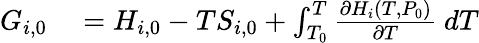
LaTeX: \begin{array}{rl}{G_{i,0}}&{{}=H_{i,0}-TS_{i,0}+\int_{T_{0}}^{T}\frac{\partial H_{i}(T,P_{0})}{\partial T}~dT}\end{array}